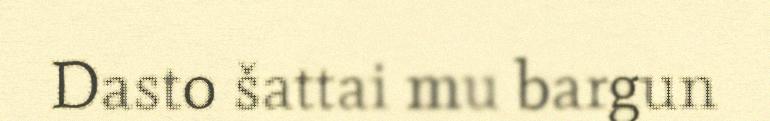
Dasto šattai mu bargun